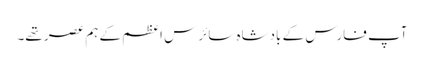
آپ فارس کے بادشاہ سائرس اعظم کے ہم عصر تھے۔